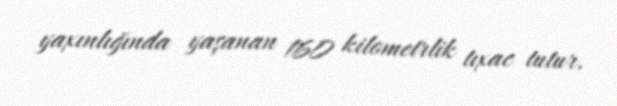
yaxınlığında yaşanan 160 kilometrlik tıxac tutur.